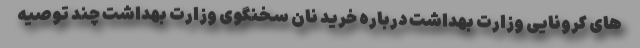
های کرونایی وزارت بهداشت درباره خرید نان سخنگوی وزارت بهداشت چند توصیه